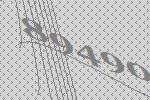
89490